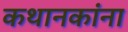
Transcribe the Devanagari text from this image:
कथानकांना